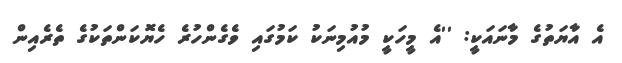
އެ އާޔަތުގެ މާނައަކީ: ''އެ މީހަކީ މުއުމިނަކު ކަމުގައި ވެގެންހުރެ ހެޔޮކަންތަކުގެ ތެރެއިން